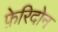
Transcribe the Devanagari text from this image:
फ़ेरिदोन